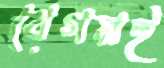
বেগমই